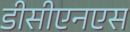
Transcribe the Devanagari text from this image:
डीसीएनएस